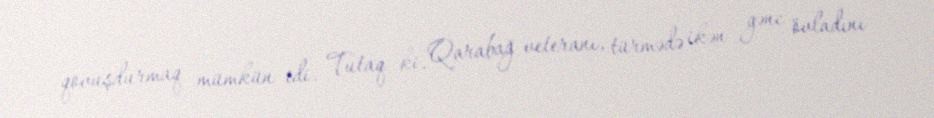
qovuşdurmaq mümkün idi. Tutaq ki, Qarabağ veteranı, türmədə ikən gənc övladını